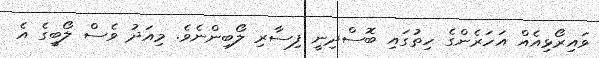
ވައިރޯޅިއެއް އަހަރެންގެ ހިތުގައި ބޮސްދިނީ ފިސާރި ލޯބިންނެވެ. މިއަދު ވެސް ލޯބީގެ އެ